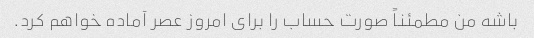
باشه من مطمئناً صورت حساب را برای امروز عصر آماده خواهم کرد.